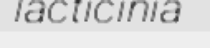
lacticinia